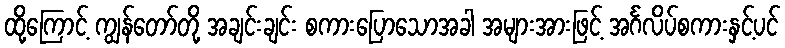
ထို့ကြောင့် ကျွန်တော်တို့ အချင်းချင်း စကားပြောသောအခါ အများအားဖြင့် အင်္ဂလိပ်စကားနှင့်ပင်